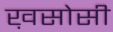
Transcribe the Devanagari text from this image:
ख़सोसी